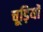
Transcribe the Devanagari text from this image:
चूड़ियॉ